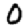
Digit: 0